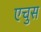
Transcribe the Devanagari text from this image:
एचुस